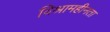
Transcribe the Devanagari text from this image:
विश्रामहीनता